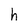
Character: h